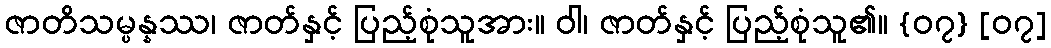
ဇာတိသမ္ပန္နဿ၊ ဇာတ်နှင့် ပြည့်စုံသူအား။ ဝါ၊ ဇာတ်နှင့် ပြည့်စုံသူ၏။ {၀၇} [၀၇]